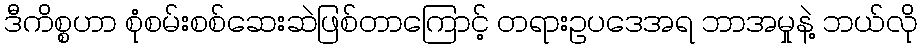
ဒီကိစ္စဟာ စုံစမ်းစစ်ဆေးဆဲဖြစ်တာကြောင့် တရားဥပဒေအရ ဘာအမှုနဲ့ ဘယ်လို